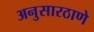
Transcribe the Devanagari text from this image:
अनुसारठाणे